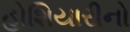
હોશિયારીનો